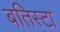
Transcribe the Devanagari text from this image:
बतिस्टा